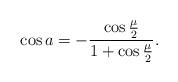
LaTeX: \begin{align*}\cos a =-{\cos{\mu \over 2} \over 1 +\cos{\mu \over 2}}.\end{align*}